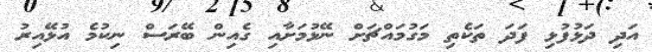
އަދި ދަޅުފުޅި ފަދަ ތަކެތި މަގުމައްޗަށް ނޭޅުމަށާއި ގެއިން ބޭރަސް ނިކުމެ އުޅޭއިރު